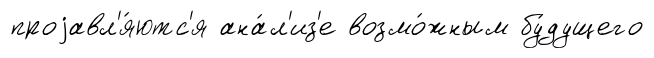
проjавл'я́ютс'я ана́л'из'е возмо́жным бу́дущего